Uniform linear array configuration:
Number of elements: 48
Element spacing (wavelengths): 0.5
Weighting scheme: blackman
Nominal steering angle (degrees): -15
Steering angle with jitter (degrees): -13.316
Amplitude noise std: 0.05
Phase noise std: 0.05

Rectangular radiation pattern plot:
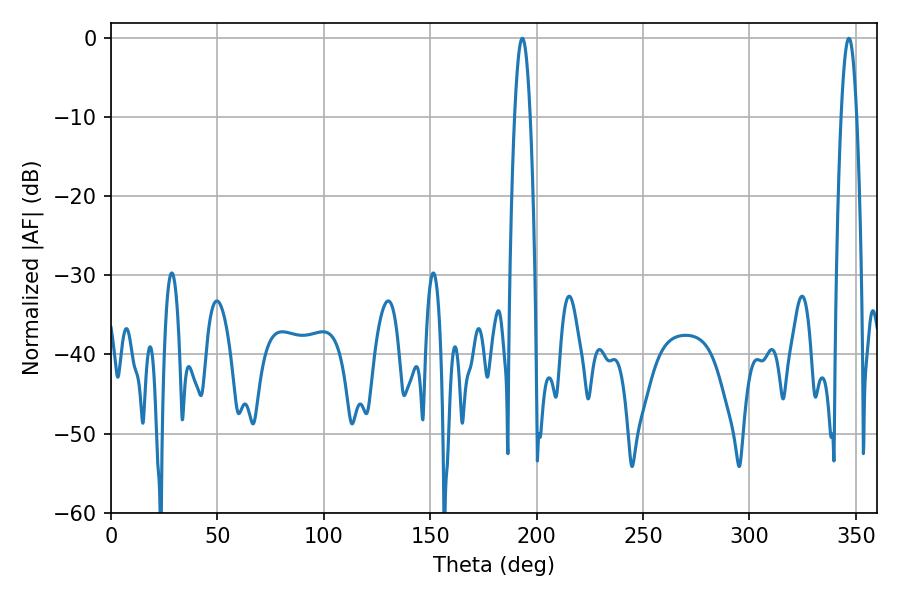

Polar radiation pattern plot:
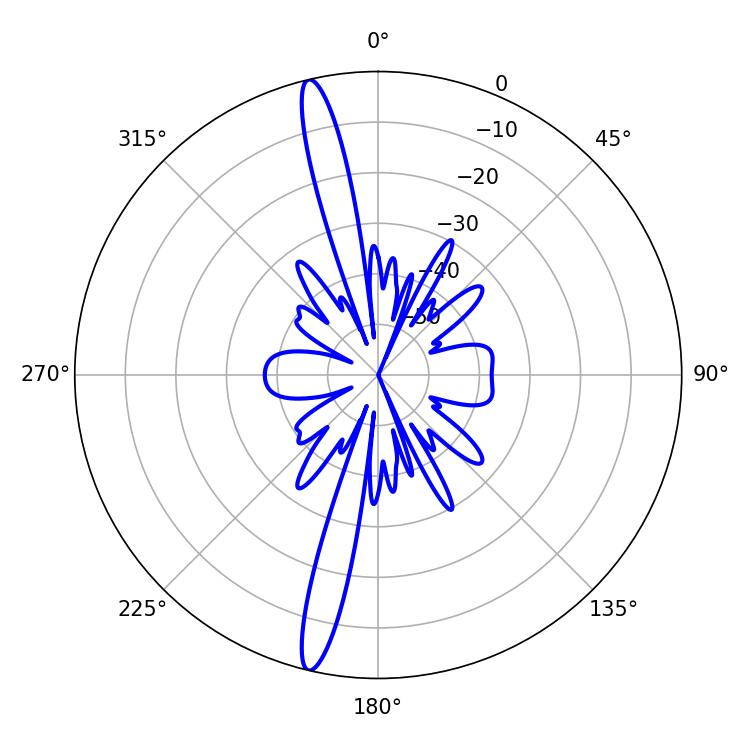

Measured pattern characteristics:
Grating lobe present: FALSE
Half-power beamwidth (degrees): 3.96
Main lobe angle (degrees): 193.32